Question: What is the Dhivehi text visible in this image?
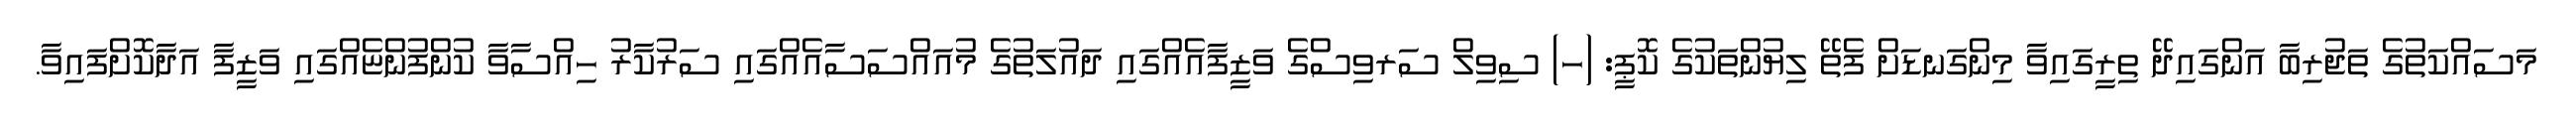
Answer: މަސައްކަތުގެ ތަޖުރިބާ އަންގައިދޭ ތިރީގައިވާ މިންގަނޑަށް ފެތޭ ލިޔުންތަކުގެ ކޮޕީ: (ހ) ސިވިލް ސަރވިސްގެ ވަޒީފާއެއްގައި ދައުލަތުގެ މުއައްސަސާއެއްގައި ސަރުކާރު ހިއްސާވާ ކުންފުންޏެއްގައި ވަޒީފާ އަދާކޮށްފައިވާ.